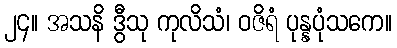
၂၄။ အသနိ ဒွီသု ကုလိသံ၊ ဝဇိရံ ပုန္နပုံသကေ။